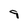
Character: 9